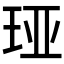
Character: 𮴏